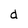
Character: d